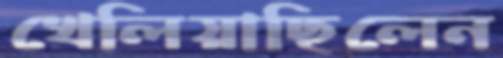
খেলিয়াছিলেন